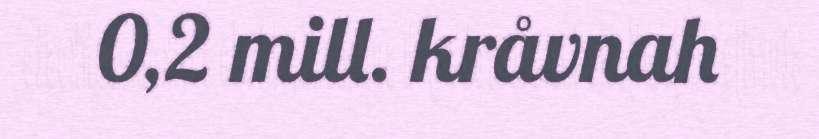
0,2 mill. kråvnah